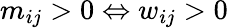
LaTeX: m_{ij}>0\Leftrightarrow w_{ij}>0